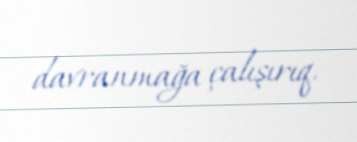
davranmağa çalışırıq.